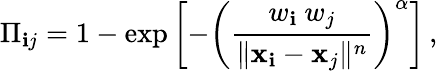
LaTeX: \Pi_{\mathbf{i}j}=1-\exp\left[-\left(\frac{{w_{\mathbf{i}}~w_{j}}}{{\| \mathbf{{x}}_{\mathbf{i}}-\mathbf{{x}}_{j}\| ^{n}}}\right)^{\alpha}\right]\, ,